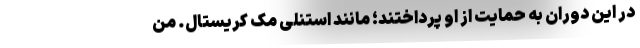
در این دوران به حمایت از او پرداختند؛ مانند استنلی مک کریستال. من